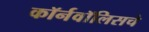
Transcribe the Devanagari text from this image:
कॉर्नवॉलिसचे